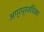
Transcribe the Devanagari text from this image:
अग्रप्रजंधिका